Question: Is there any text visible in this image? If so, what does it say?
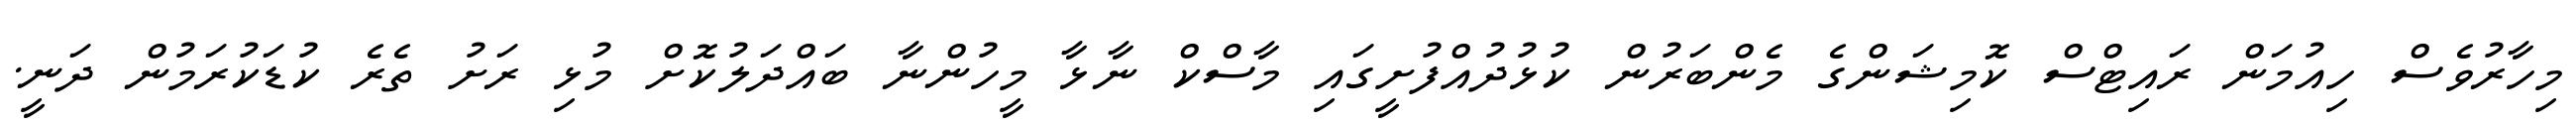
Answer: މިހާރުވެސް ހިއުމަން ރައިޓްސް ކޮމިޝަންގެ މެންބަރުން ކުޅުދުއްފުށީގައި މާސްކް ނާޅާ މީހުންނާ ބައްދަލުކޮށް މުޅި ރަށު ތެރެ ކުޑަކުރަމުން ދަނީ.